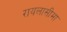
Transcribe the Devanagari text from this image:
रायलासीमा